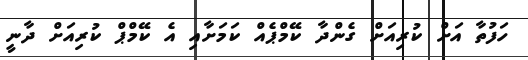
ހަފުތާ އަށް ކުރިއަށް ގެންދާ ކޭމްޕެއް ކަމަށާއި އެ ކޭމްޕް ކުރިއަށް ދާނީ